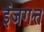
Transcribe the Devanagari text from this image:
ईजगत्त